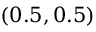
( 0 . 5 , 0 . 5 )